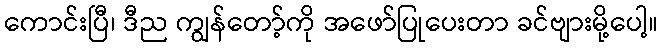
ကောင်းပြီ၊ ဒီည ကျွန်တော့်ကို အဖော်ပြုပေးတာ ခင်ဗျားမို့ပေါ့။